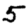
Digit: 5